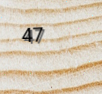
47